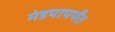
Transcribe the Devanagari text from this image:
मंडपापर्यंत